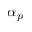
\alpha _ { p }